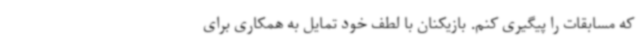
که مسابقات را پیگیری کنم. بازیکنان با لطف خود تمایل به همکاری برای